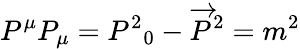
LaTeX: P^{\mu}P_{\mu}={P^{2}}_{0}-{\overrightarrow{P}}^{2}=m^{2}